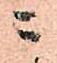
ニ